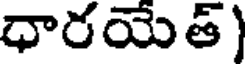
ధారయేత్)